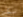
لكن